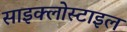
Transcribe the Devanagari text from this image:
साइक्लोस्टाइल